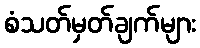
စံသတ်မှတ်ချက်များ